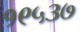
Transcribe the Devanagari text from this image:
१९५३७